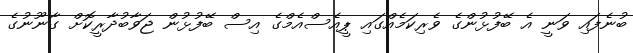
ބުނެފައި ވަނީ އެ ބޭފުޅުންގެ ވެރިކަމެއްގައި ޕީއެސްއެމްގެ އިސް ބޭފުޅުން ޖަވާބުދާރީކޮށް ގާނޫނުގެ